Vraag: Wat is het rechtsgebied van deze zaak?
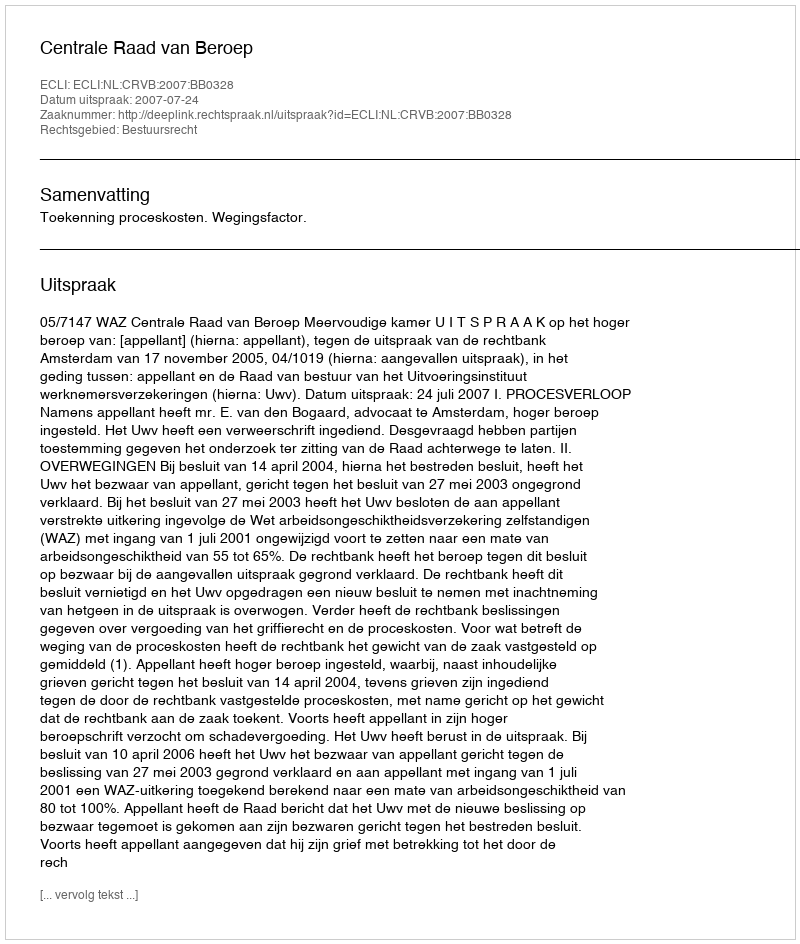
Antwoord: Bestuursrecht